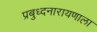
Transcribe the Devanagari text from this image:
प्रबुध्दनारायणाला